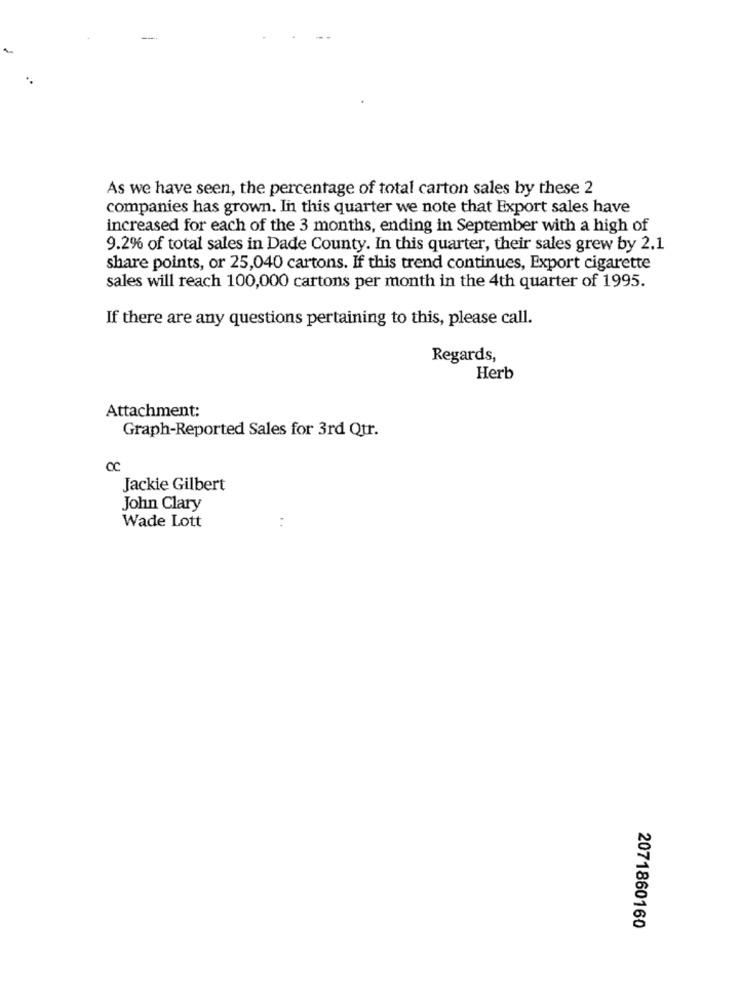
As we have seen, the percentage of total carton sales by these 2
companies has grown. In this quarter we note that Export sales have
increased for each of the 3 months, ending in September with a high of
9.2% of total sales in Dade County. In this quarter, their sales grew by 2.1
share points, or 25,040 cartons. If this trend continues, Export cigarette
sales will reach 100,000 cartons per month in the 4th quarter of 1995.
If there are any questions pertaining to this, please call.
Regards,
Herb
Attachment:
Graph-Reported Sales for 3rd Qtr.
CC
Jackie Gilbert
John Clary
:
Wade Lott
2071860160